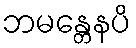
ဘမန္တေနပိ